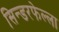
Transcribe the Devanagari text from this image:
सिन्डरफेल्ला